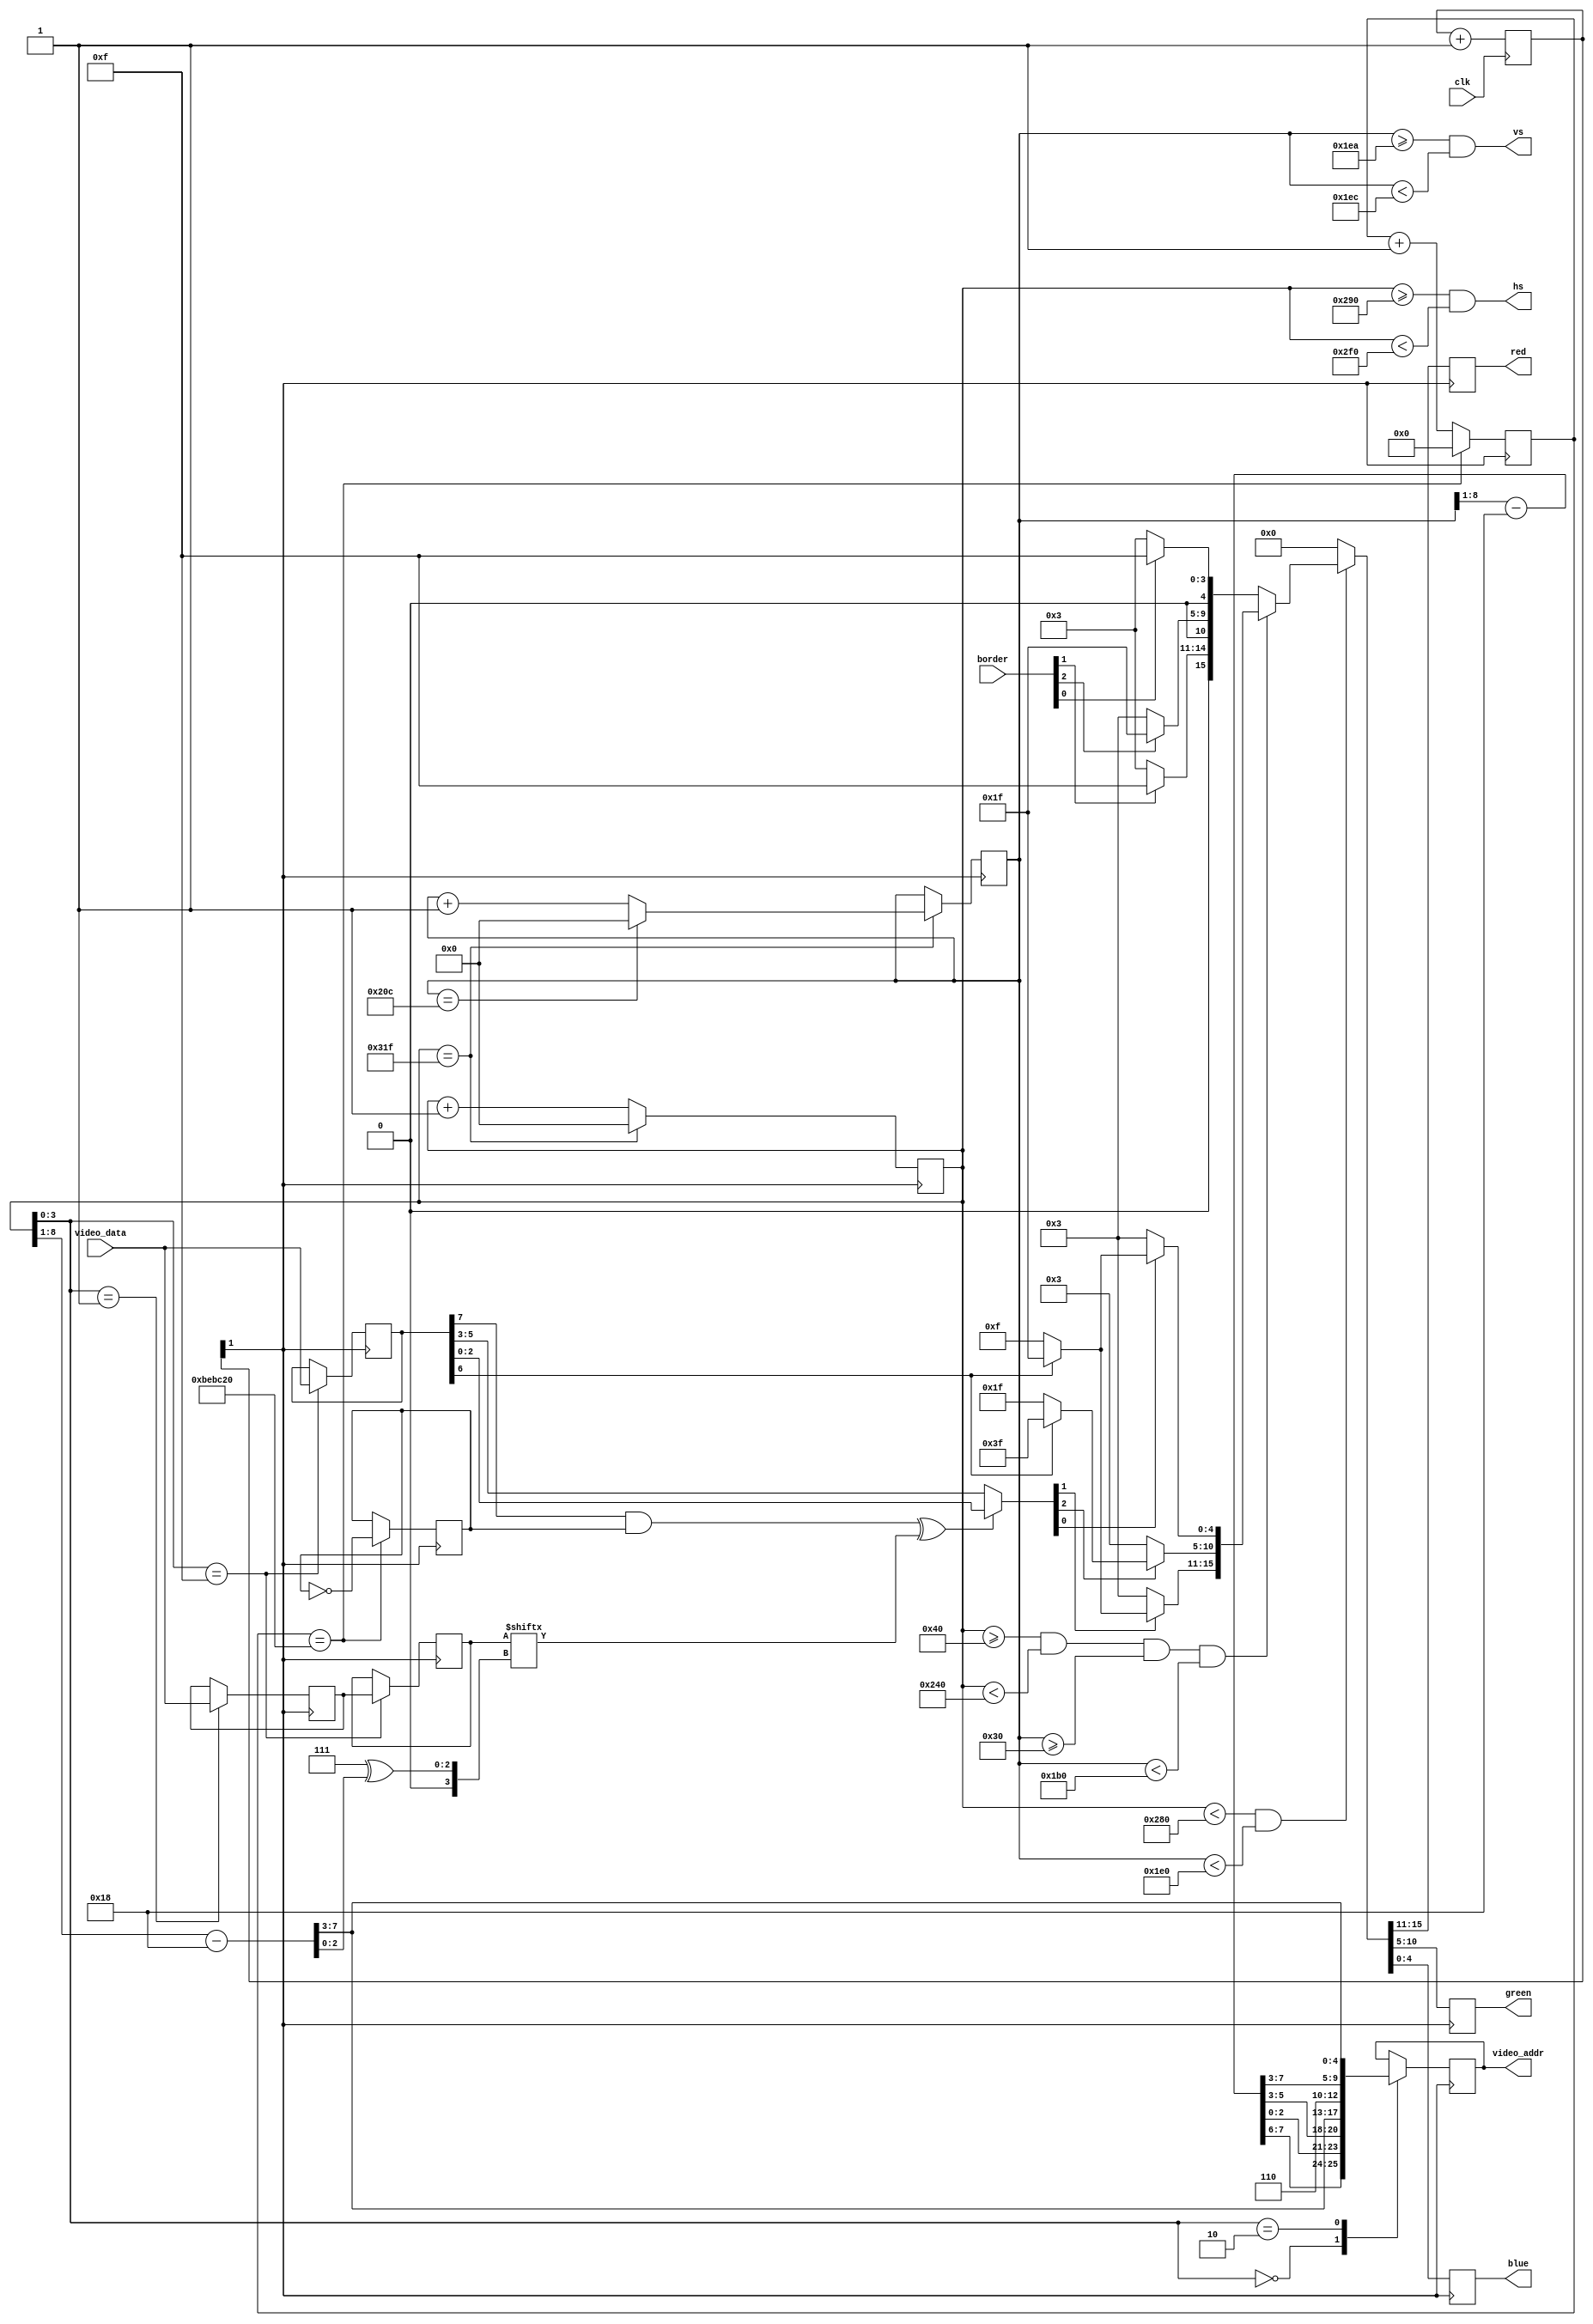
module vga(

    // 100 мегагерц
    input   wire        clk,

    // Выходные данные
    output  reg  [4:0]  red,        // 5 бит на красный (4,3,2,1,0)
    output  reg  [5:0]  green,      // 6 бит на зеленый (5,4,3,2,1,0)
    output  reg  [4:0]  blue,       // 5 бит на синий (4,3,2,1,0)
    output  wire        hs,         // синхросигнал горизонтальной развертки
    output  wire        vs,          // синхросигнал вертикальной развертки

    // Данные для вывода
    output  reg  [12:0] video_addr,
    input   wire [ 7:0] video_data,
    input   wire [ 2:0] border
    
);

// Тайминги для горизонтальной развертки (640)
parameter horiz_visible = 640;
parameter horiz_back    = 48;
parameter horiz_sync    = 96;
parameter horiz_front   = 16;
parameter horiz_whole   = 800;

// Тайминги для вертикальной развертки (400)
//                              // 400  480
parameter vert_visible = 480;   // 400  480
parameter vert_back    = 33;    // 35   33
parameter vert_sync    = 2;     // 2    2
parameter vert_front   = 10;    // 12   10
parameter vert_whole   = 525;   // 449  525

// 640 (видимая область) + 16 (передний порожек) + 96 (синхронизация) + 48 (задний порожек)
assign hs = x >= (horiz_visible + horiz_front) && x < (horiz_visible + horiz_front + horiz_sync);
assign vs = y >= (vert_visible  + vert_front)  && y < (vert_visible  + vert_front  + vert_sync);

// В этих регистрах мы будем хранить текущее положение луча на экране
reg [9:0] x = 1'b0; // 2^10 = 1024 точек возможно
reg [9:0] y = 1'b0;

reg [7:0] current_char;
reg [7:0] current_attr;
reg [7:0] tmp_current_char;

// 2х битный счетчик
reg [1:0] clock_divider;

// Делитель частоты. На входе частота - 100 мгц, а на выходе будет 25 Мгц
always @(posedge clk) clock_divider <= clock_divider + 1'b1;

// Чтобы правильно начинались данные, нужно их выровнять
wire [7:0] X = x[9:1] - 24;
wire [7:0] Y = y[9:1] - 24;

// Получаем текущий бит
wire current_bit = current_char[ 7 ^ X[2:0] ];

// Если бит атрибута 7 = 1, то бит flash будет менять current_bit каждые 0.5 секунд
wire flashed_bit = (current_attr[7] & flash) ^ current_bit;

// Текущий цвет точки
// Если сейчас рисуется бит - то нарисовать цвет из атрибута (FrColor), иначе - BgColor
wire [2:0] src_color = flashed_bit ? current_attr[2:0] : current_attr[5:3];

// Вычисляем цвет. Если бит 3=1, то цвет яркий, иначе обычного оттенка (половинной яркости)
wire [15:0] color = {

    // Если current_attr[6] = 1, то переходим в повышенную яркость (в 2 раза)
    /* Красный цвет - это бит 1 */ src_color[1] ? (current_attr[6] ? 5'h1F : 5'h0F) : 5'h03,
    /* Зеленый цвет - это бит 2 */ src_color[2] ? (current_attr[6] ? 6'h3F : 6'h1F) : 6'h03,
    /* Синий цвет   - это бит 0 */ src_color[0] ? (current_attr[6] ? 5'h1F : 5'h0F) : 5'h03};

// Регистр border(3 бита) будет задаваться извне, например записью в порты какие-нибудь
wire [15:0] bgcolor = {border[1] ? 5'h0F : 5'h03,
                       border[2] ? 6'h1F : 6'h03,
                       border[0] ? 5'h0F : 5'h03};

reg        flash;
reg [23:0] timer;

always @(posedge clock_divider[1]) begin

    if (timer == 24'd12500000) begin /* полсекунды */
        timer <= 1'b0; 
        flash <= flash ^ 1'b1; // мигать каждые 0.5 секунд
    end else begin
        timer <= timer + 1'b1;
    end
    
end

// Когда бит 1 переходит из состояния 0 в состояние 1, это значит, что
// будет осциллироваться на частоте 25 мгц (в 4 раза медленее, чем 100 мгц)
always @(posedge clock_divider[1]) begin

    // аналогично этой конструции на C
    // if (x == 799) x = 0; else x += 1;
    x <= x == (horiz_whole - 1) ? 1'b0 : (x + 1'b1);
    
    // Когда достигаем конца горизонтальной линии, переходим к Y+1
    if (x == (horiz_whole - 1)) begin
    
        // if (x == 524) y = 0; else y += 1;
        y <= y == (vert_whole - 1) ? 1'b0 : (y + 1'b1);

    end
    
    // Обязательно надо тут использовать попиксельный выход, а то пиксели
    // наполовину съезжают
    
    case (x[3:0])
    
        // Видеоадрес в ZX Spectrum непросто вычислить
        //         FEDC BA98 7654 3210    
        // Адрес =    Y Yzzz yyyx xxxx
                
                               // БанкY  СмещениеY ПолубанкY СмещениеX
        4'b0000: video_addr <= { Y[7:6], Y[2:0],   Y[5:3],   X[7:3] };
        
        // Запись временного значения, чтобы на 16-м такте его обновить
        4'b0001: tmp_current_char <= video_data;
        
        // Запрос атрибута по x=0..31, y=0..23
        // [110] [yyyyy] [xxxxx]
        4'b0010: video_addr <= { 3'b110, Y[7:3], X[7:3] };
        
        // Подготовка к выводу символа
        4'b1111: begin
        
            // Записать в текущий регистр выбранную "маску" битов
            current_char <= tmp_current_char;
            
            // И атрибутов
            // Атрибут в спектруме представляет собой битовую маску
            //  7     6      5 4 3    2 1 0
            // [Flash Bright BgColor  FrColor]
            
            // Flash   - мерцание
            // Bright  - яркость
            // BgColor - цвет фона
            // FrColor - цвет пикселей
            
            current_attr <= video_data;
        
        end

    endcase
    
    // Мы находимся в видимой области рисования
    if (x < horiz_visible && y < vert_visible) begin
    
        if (x >= 64 && x < (64 + 512) && y >= 48 && y < (48 + 384)) begin
        
            // Цвет вычисляется выше и зависит от
            // 1. Атрибута 
            // 2. Это пиксель или нет
            {red, green, blue} <= color;
        
        // Тут будет бордюр
        end else begin
        
            {red, green, blue} <= bgcolor; 
        
        end
    
    // В невидимой области мы ДОЛЖНЫ очищать в черный цвет
    // иначе видеоадаптер работать будет неправильно
    end else {red, green, blue} <= 16'h0000;
    
end

endmodule